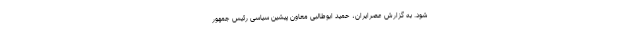
شود. به گزارش عصرایران، حمید ابوطالبی معاون پیشین سیاسی رئیس جمهور